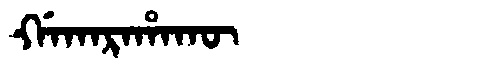
Manchu: ᡤᠠᡴᠠᡵᠠᡥᠠᡴᡡ
Romanization: GAKARAHAKŪ